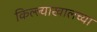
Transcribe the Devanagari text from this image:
किल्ल्याखालच्या